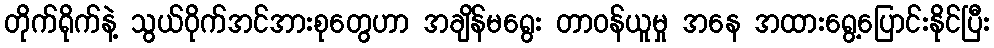
တိုက်ရိုက်နဲ့ သွယ်ဝိုက်အင်အားစုတွေဟာ အချိန်မရွေး တာဝန်ယူမှု အနေ အထားရွေ့ပြောင်းနိုင်ပြီး